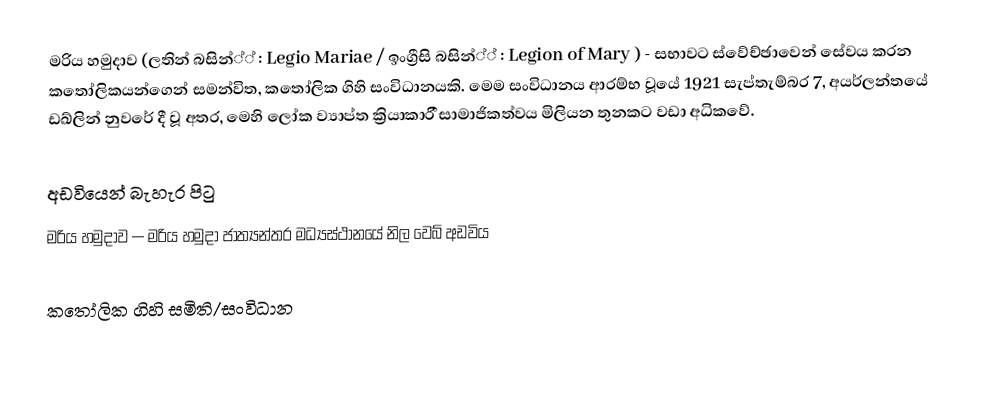
මරිය හමුදාව (ලතින් බසින්්් : Legio Mariae / ඉංග්‍රීසි බසින්්් : Legion of Mary ) - සභාවට ස්වේච්ඡාවෙන් සේවය කරන කතෝලිකයන්ගෙන් සමන්විත, කතෝලික ගිහි සංවිධානයකි. මෙම සංවිධානය ආරම්භ වූයේ  1921 සැප්තැම්බර 7,  අයර්ලන්තයේ ඩඛ්ලින් නුවරේ  දී වූ අතර, මෙහි ලෝක ව්‍යාප්ත ක්‍රියාකාර ීසාමාජිකත්වය මිලියන තුනකට වඩා අධිකවේ.

අඩවියෙන් බැහැර පිටු
 මරිය හමුදාව — මරිය හමුදා ජාත්‍යන්තර මධ්‍යස්ථානයේ නිල වෙබ් අඩවිය

කතෝලික ගිහි සමිති/සංවිධාන